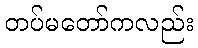
တပ်မတော်ကလည်း